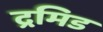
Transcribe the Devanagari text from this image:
द्रमिड